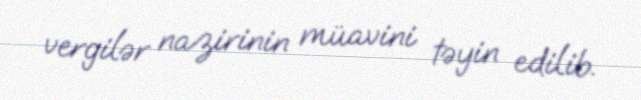
vergilər nazirinin müavini təyin edilib.